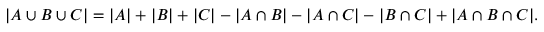
| A \cup B \cup C | = | A | + | B | + | C | - | A \cap B | - | A \cap C | - | B \cap C | + | A \cap B \cap C | .